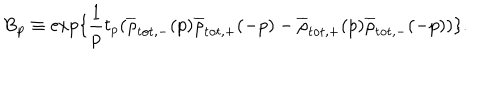
\mathrm { B } _ { p } \equiv \exp \{ \frac { 1 } { p } t _ { p } ( \overline { { { \rho } } } _ { \mathrm { t o t , - } } ( p ) \overline { { { \rho } } } _ { \mathrm { t o t , + } } ( - p ) - \overline { { { \rho } } } _ { \mathrm { t o t , + } } ( p ) \overline { { { \rho } } } _ { \mathrm { t o t , - } } ( - p ) ) \} .